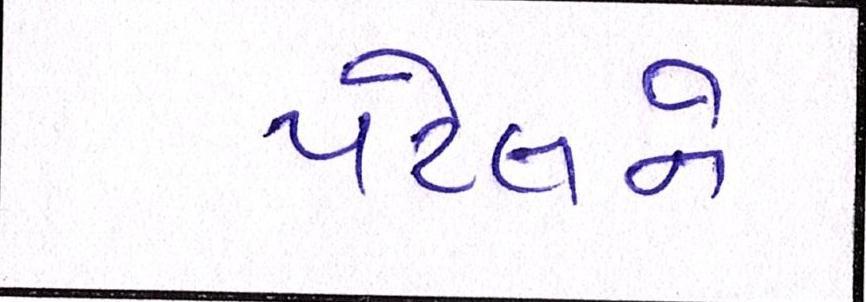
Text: પટેલને